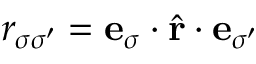
r _ { \sigma \sigma ^ { \prime } } = \mathbf { e } _ { \sigma } \cdot \hat { \mathbf { r } } \cdot \mathbf { e } _ { \sigma ^ { \prime } }